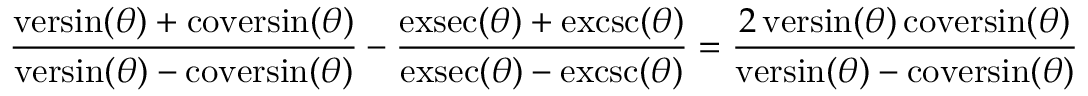
{ \frac { \operatorname { v e r s i n } ( \theta ) + \operatorname { c o v e r s i n } ( \theta ) } { \operatorname { v e r s i n } ( \theta ) - \operatorname { c o v e r s i n } ( \theta ) } } - { \frac { \operatorname { e x s e c } ( \theta ) + \operatorname { e x c s c } ( \theta ) } { \operatorname { e x s e c } ( \theta ) - \operatorname { e x c s c } ( \theta ) } } = { \frac { 2 \operatorname { v e r s i n } ( \theta ) \operatorname { c o v e r s i n } ( \theta ) } { \operatorname { v e r s i n } ( \theta ) - \operatorname { c o v e r s i n } ( \theta ) } }